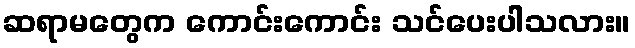
ဆရာမတွေက ကောင်းကောင်း သင်ပေးပါသလား။